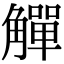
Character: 觶